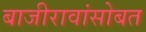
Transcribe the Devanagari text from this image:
बाजीरावांसोबत